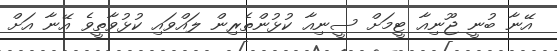
އޭނާ ބުނީ ޖޫނިއާ ޓީމަށް ސީނިއާ ކުޅުންތެރިން ލައްވައި ކުޅުވާތީވެ އޭނާ އަށް